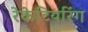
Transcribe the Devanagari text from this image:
रेकेटियरिंग